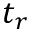
t _ { r }